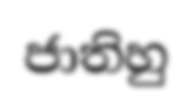
ජාතිහු